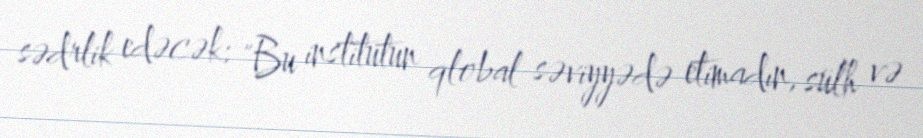
sədrlik edəcək: "Bu institutun qlobal səviyyədə etimadın, sülh və